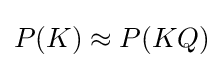
{\begin{aligned}P(K)\approx P(KQ)\\\end{aligned}}